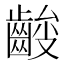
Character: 𱌞